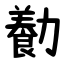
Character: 㔦